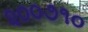
૨૦૦૭૧૦